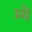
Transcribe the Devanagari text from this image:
म्ये